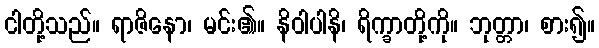
ငါတို့သည်။ ရာဇိနော၊ မင်း၏။ နိဝါပါနိ၊ ရိက္ခာတို့ကို။ ဘုတ္တာ၊ စား၍။